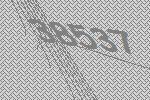
38537